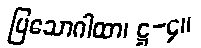
ပြသောဂါထာ၊ ဋ္ဌ-၄။